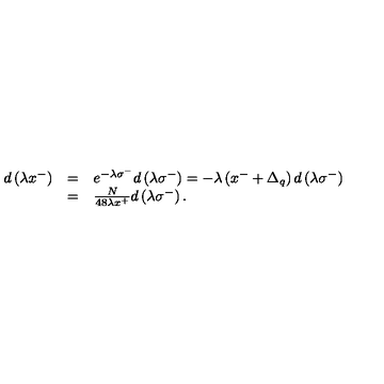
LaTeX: \begin{array} { l l l } { d \left( \lambda x ^ { - } \right) } & { = } & { e ^ { - \lambda \sigma ^ { - } } d \left( \lambda \sigma ^ { - } \right) = - \lambda \left( x ^ { - } + \Delta _ { q } \right) d \left( \lambda \sigma ^ { - } \right) } \\ { } & { = } & { { \frac { N } { 4 8 \lambda x ^ { + } } } d \left( \lambda \sigma ^ { - } \right) . } \\ \end{array}